Lunatic asylums Central Provinces reports 1895-1909 - 1895-1909
Year: 1895
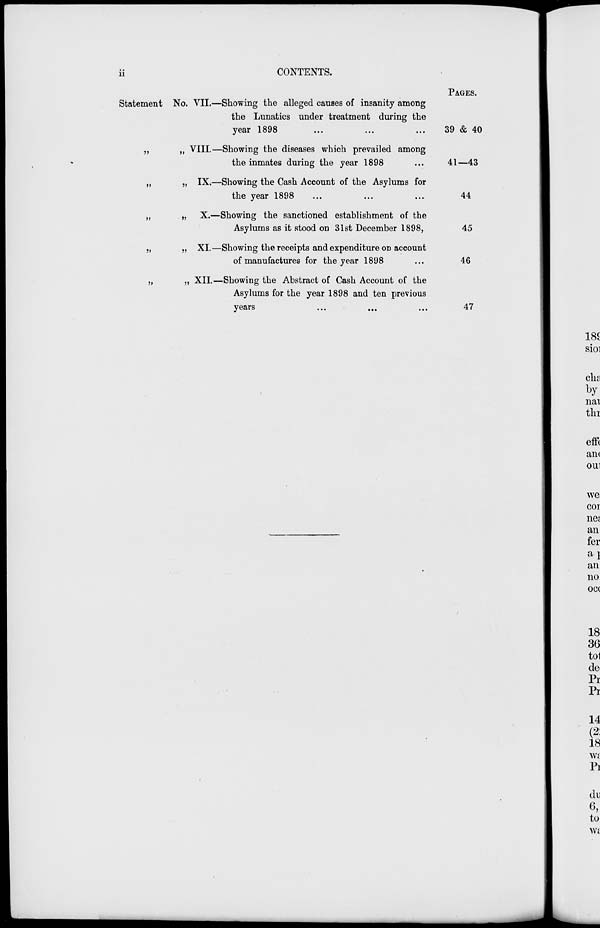
ii
CONTENTS.
Statement No.
„ „
„ „
„ „
„ „
„ „
VII.—Showing the alleged causes of insanity among
the Lunatics under treatment during the
year 1898 ... ... ...
VIII.—Showing the diseases which prevailed among
the inmates during the year 1898 ...
IX.—Showing the Cash Account of the Asylums for
the year 1898 ... ... ...
X.—Showing the sanctioned establishment of the
Asylums as it stood on 31st December 1898,
XI.—Showing the receipts and expenditure on account
of manufactures for the year 1898 ...
XII.—Showing the Abstract of Cash Account of the
Asylums for the year 1898 and ten previous
years
...
...
...
PAGES.
39 & 40
41—43
44
45
46
47